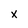
Character: X